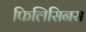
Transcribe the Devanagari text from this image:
फिलिसिनस